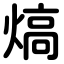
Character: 熇